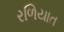
રળિયાત